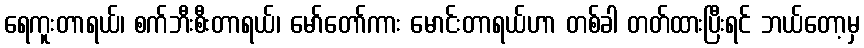
ရေကူးတာရယ်၊ စက်ဘီးစီးတာရယ်၊ မော်တော်ကား မောင်းတာရယ်ဟာ တစ်ခါ တတ်ထားပြီးရင် ဘယ်တော့မှ